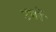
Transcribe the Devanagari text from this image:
उभरें